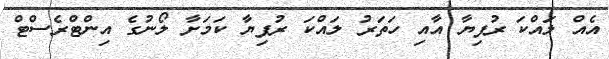
އެއް ލައްކަ ރުފިޔާ އާއި ހަތަރު ލައްކަ ރުފިޔާ ކަމަށާ ލޯނުގެ އިންޓްރެސްޓް